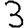
Digit: 3